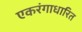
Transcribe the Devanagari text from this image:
एकरंगाधारित